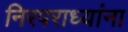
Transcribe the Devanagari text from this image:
निरपराध्यांना